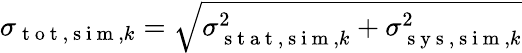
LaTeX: \sigma_{\mathrm{~t~o~t~},\mathrm{~s~i~m~},k}=\sqrt{\sigma_{\mathrm{~s~t~a~t~},\mathrm{~s~i~m~},k}^{2}+\sigma_{\mathrm{~s~y~s~},\mathrm{~s~i~m~},k}^{2}}